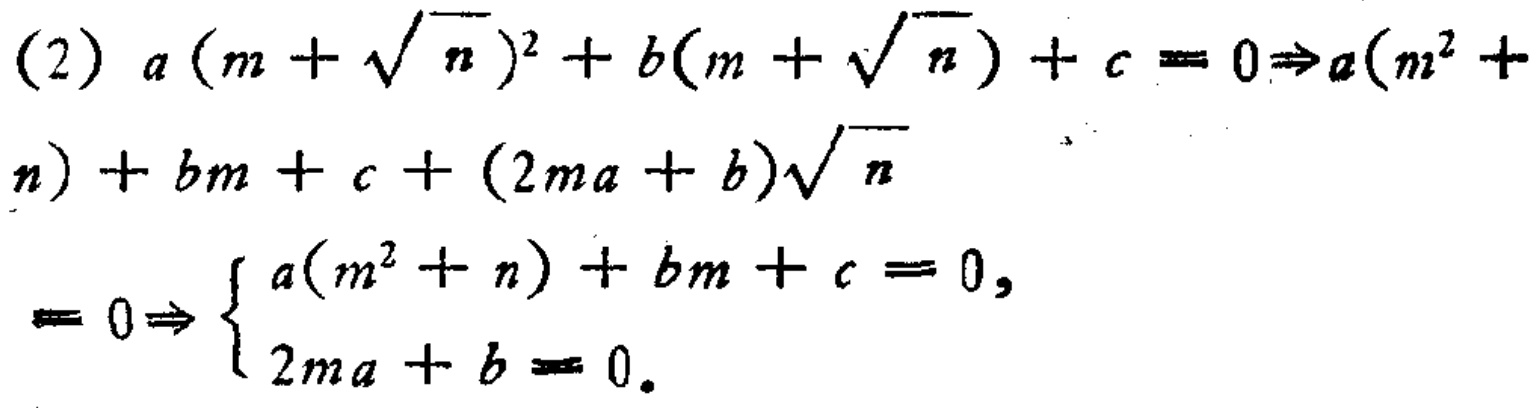
\[(2)a(m + \sqrt{n})^2 + b(m + \sqrt{n})+c = 0\Rightarrow a(m^2 + n)+bm + c+(2ma + b)\sqrt{n}\\
= 0\Rightarrow \begin{cases}a(m^2 + n)+bm + c = 0,\\2ma + b = 0.\end{cases}\]